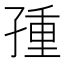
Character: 𡥿